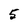
Character: 5